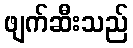
ဖျက်ဆီးသည်